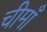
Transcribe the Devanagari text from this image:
चीमाँ